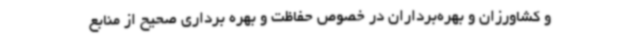
و کشاورزان و بهره‌برداران در خصوص حفاظت و بهره برداری صحیح از منابع